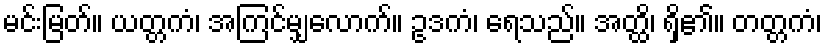
မင်းမြတ်။ ယတ္တကံ၊ အကြင်မျှလောက်။ ဥဒကံ၊ ရေသည်။ အတ္ထိ၊ ရှိ၏။ တတ္တကံ၊